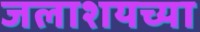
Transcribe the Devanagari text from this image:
जलाशयच्या